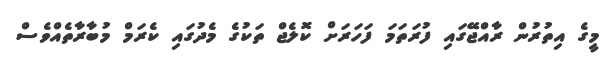
މީގެ އިތުރުން ރާއްޖޭގައި ފުރަތަމަ ފަހަރަށް ކޮލެޖް ތަކުގެ މެދުގައި ކެރަމް މުބާރާތެއްވެސް